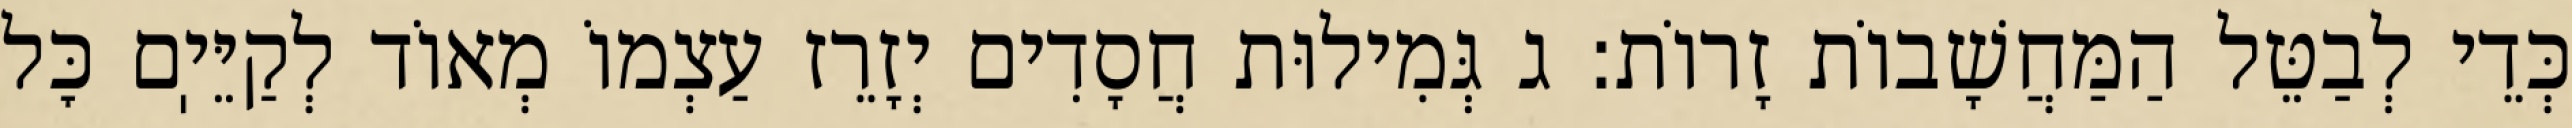
כְּדֵי לְבַטֵּל הַמַּחֲשָׁבוֹת זָרוֹת: ג גְּמִילוּת חֲסָדִים יְזָרֵז עַצְמוֹ מְאוֹד לְקַיֵּיֽם כׇּל